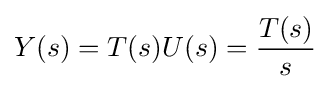
Y(s)=T(s)U(s)={\dfrac {T(s)}{s}}